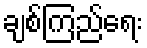
ချစ်ကြည်ရေး